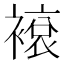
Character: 䙛